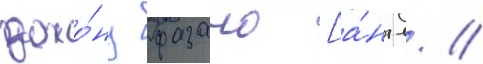
джо́ну фазано [а́нгл. /